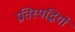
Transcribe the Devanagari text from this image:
प्रतिस्पद्धियों